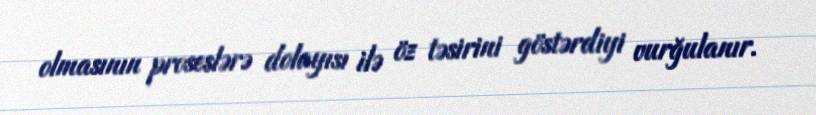
olmasının proseslərə dolayısı ilə öz təsirini göstərdiyi vurğulanır.